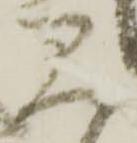
見